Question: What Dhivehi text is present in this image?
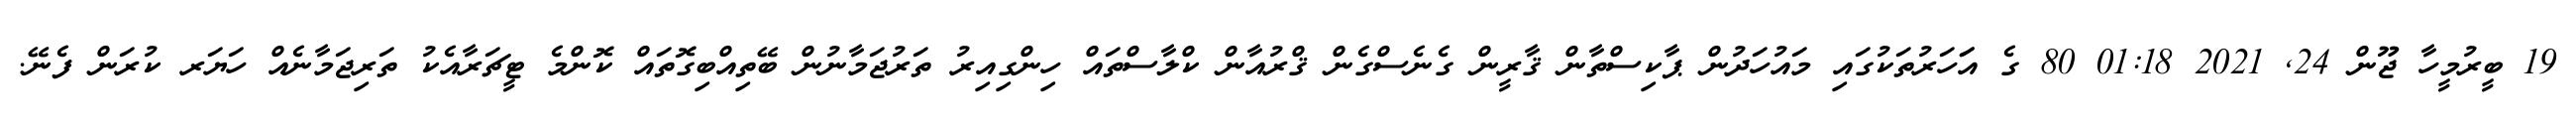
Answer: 19 ބީރުމީހާ ޖޫން 24, 2021 01:18 80 ގެ އަަހަރުތަކުގައި މައުހަދުން ޕާކިސްތާން ޤާރީން ގެނެސްގެން ޤްރުއާން ކްލާސްތައް ހިންގިއިރު ތަރުޖަމާނުން ބޭތިއްބިގޮތައް ކޮންމެ ޓީޗަރާއެކު ތަރިޖަމާނެއް ހަޔަރ ކުރަން ފެނޭ.